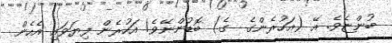
ބުންޏެވެ. އޭ (އަހުރެންގެ  ގެ) ބޮޑުންނޭވެ! އަހުރެން ފިޔަވައި އެހެން